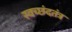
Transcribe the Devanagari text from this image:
स्वच्छंदतंत्र